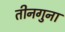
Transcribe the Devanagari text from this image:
तीनगुना